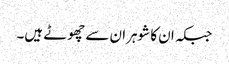
جبکہ ان کا شوہران سے چھوٹے ہیں۔